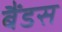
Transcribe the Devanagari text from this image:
बैंडस